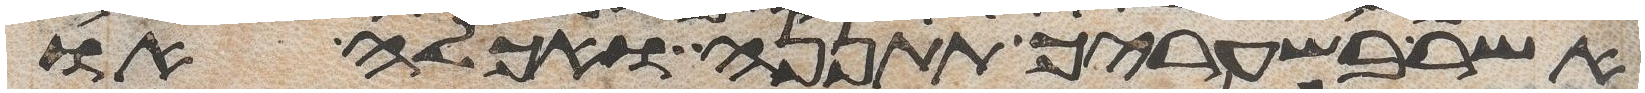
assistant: אשר בשעריך תתננה ואכלה או